Annual statistical returns and brief notes on vaccination in Bengal - 1896-1909
Year: 1896
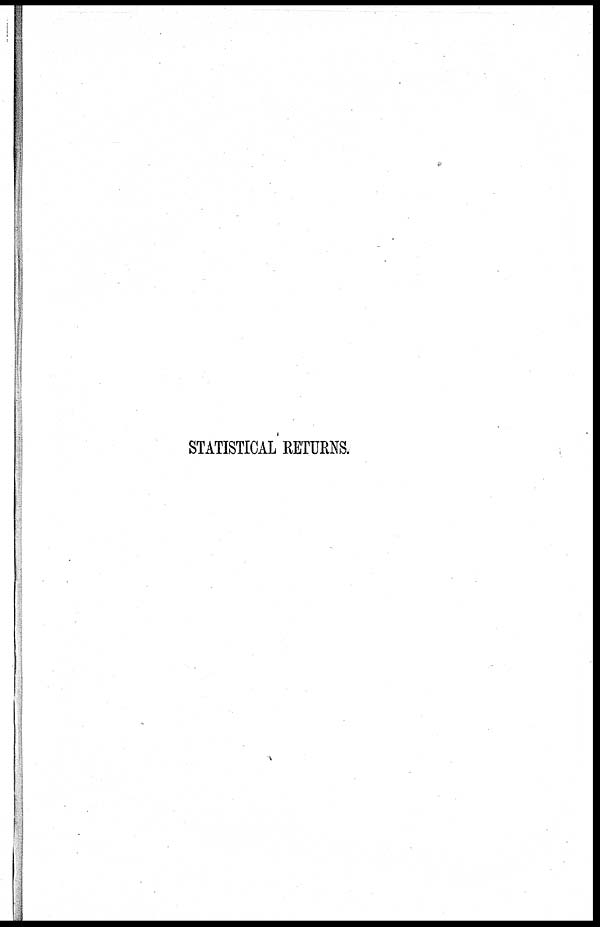
STATISTICAL RETURNS.